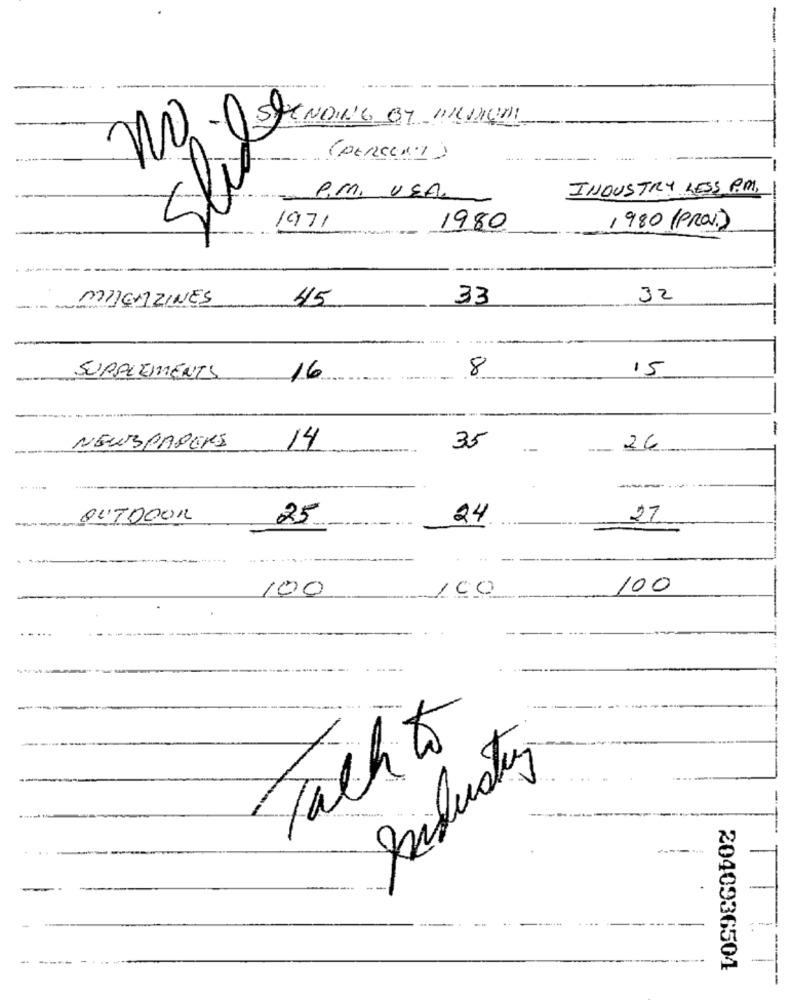
----
1
(PERCENT)
Sli
INDUSTRY LESS P.M.
C.M. USA
---
1971
1980
1980 (PRO.)
MILENZINES
45
33
32
15
SUPPLEMENTS
16
8
NEWSPAPERS
14
35
--
26
---
OUTDOOR
25
24
27
100
100
100
Talk to
-
2040936504